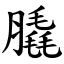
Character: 膬